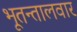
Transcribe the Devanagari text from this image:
भूतन्तालवार